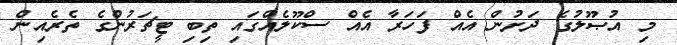
މި އުޞޫލުގެ ދަށުން އެއް ފަހަރާ އެއް ސްކޫލެއްގައި ތިބި ޓީޗަރުންގެ ތެރެއިން